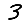
Digit: 3